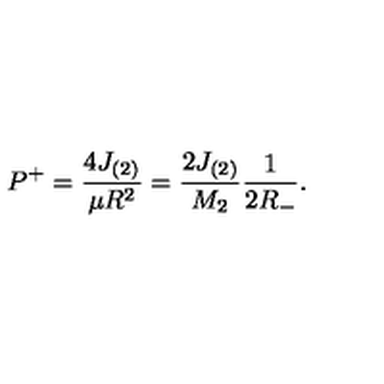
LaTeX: P ^ { + } = \frac { 4 J _ { ( 2 ) } } { \mu R ^ { 2 } } = \frac { 2 J _ { ( 2 ) } } { M _ { 2 } } \frac { 1 } { 2 R _ { - } } .